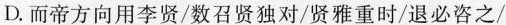
D而帝方向用李贤/数石贤独对/贤雅重时/退必咨之/